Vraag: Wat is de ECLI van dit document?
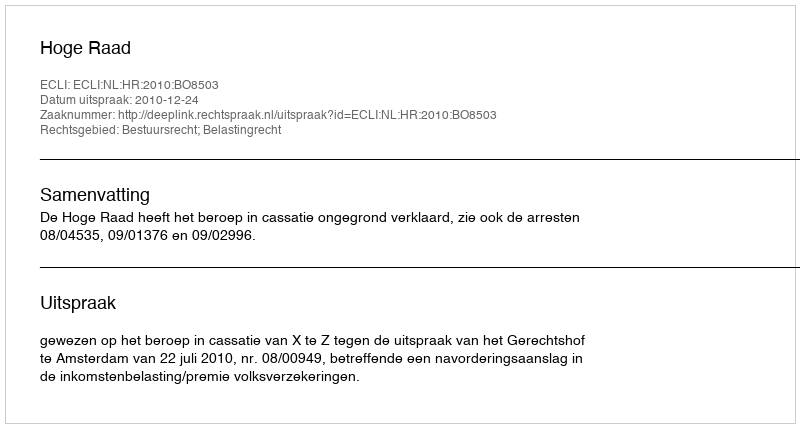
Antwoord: ECLI:NL:HR:2010:BO8503